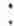
: